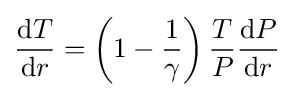
{{\mbox{d}}T \over {\mbox{d}}r}=\left(1-{1 \over \gamma }\right){T \over P}{{\mbox{d}}P \over {\mbox{d}}r}